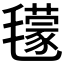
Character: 𣰥